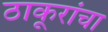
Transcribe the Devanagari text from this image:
ठाकूरांचा